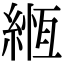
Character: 緪